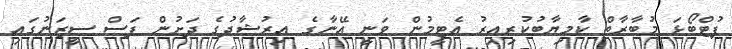
ފުޓްބޯޅަ މުބާރާތް ކާމިޔާބުކުރިއިރު އެޓީމުން ވަނީ އޭނާގެ އިރުޝާދުގެ ދަށުން ފަސް ސީޒަނުގައި